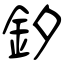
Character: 釸